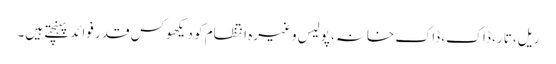
ریل، تار، ڈاک، ڈاک خانہ، پولیس وغیرہ انتظام کو دیکھوکس قدر فوائد پہنچتے ہیں۔